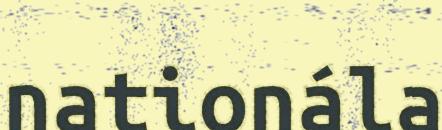
nationála